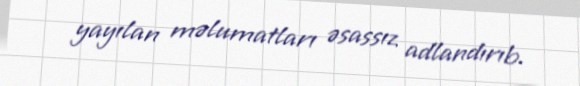
yayılan məlumatları əsassız adlandırıb.